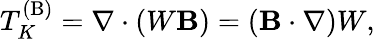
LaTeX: T_{K}^{(\mathrm{{B}})}=\nabla\cdot(W{\mathbf{B}})=({\mathbf{B}}\cdot\nabla)W,